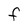
Character: F